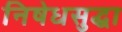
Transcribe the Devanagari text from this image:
निषेधसुद्धा